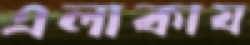
এলাকায